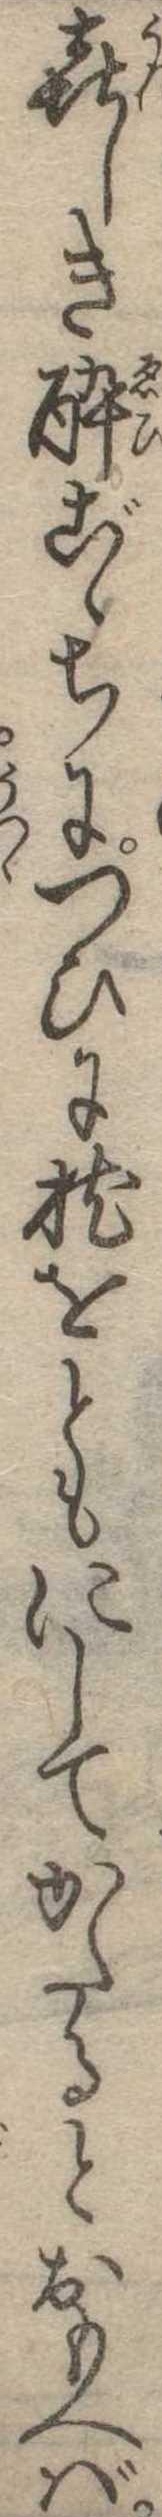
喜しき酔ごゝちにつひに枕をともにしてかたるとおもへば